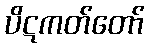
ပိဋကတ်တော်